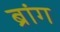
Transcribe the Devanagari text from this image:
ब्रांग